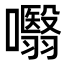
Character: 𭌣